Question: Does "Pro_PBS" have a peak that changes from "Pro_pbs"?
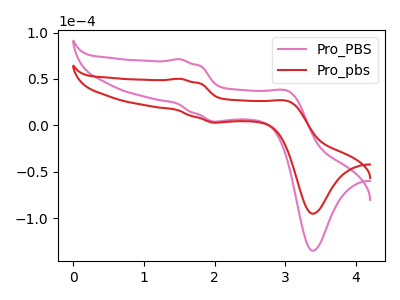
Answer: <think>The pink curve "Pro_PBS" has anodic peaks at (1.50V, 71.25uA) (3.05V, 36.30uA) and cathodic peaks at (2.05V, 4.10uA) (3.40V, -135.15uA). The red curve "Pro_pbs" has anodic peaks at (1.50V, 50.20uA) (3.05V, 25.60uA) and cathodic peaks at (2.05V, 2.90uA) (3.40V, -95.25uA).
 All the peaks in "Pro_PBS" have a peak in "Pro_pbs" at the same potential.</think>
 <answer>No, "Pro_PBS" and "Pro_pbs" don't appear to be significantly different in shape</answer>
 <eval>no_change</eval>